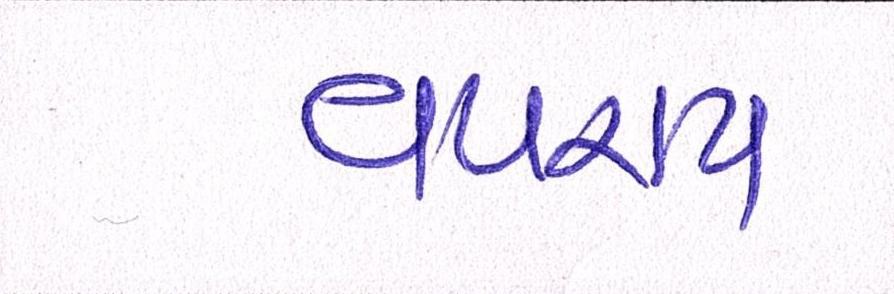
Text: વપરાયા